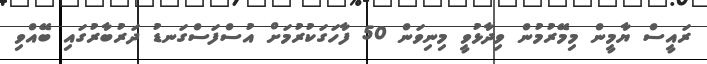
ރައީސް ޔާމީން މިމޭރުމުން ވިދާޅުވީ މިނިވަން 50 ފާހަގަކުރުމަށް އުސްފަސްގަނޑު ދަރުބާރުގައި ބޭއްވި